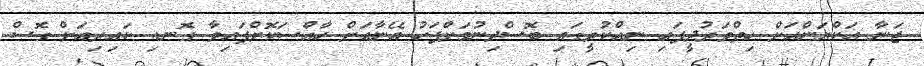
ޖަނާ އަކްޔަންއަށް ހިތްވަރުދީފައި ނިއްކުރީގައި ބޮސްދިނުމަށްފަހު އޭނާއަށް ހާއްސަކޮށްފައިވާ ގޮނޑި ކައިރިއަށް ގޮސް